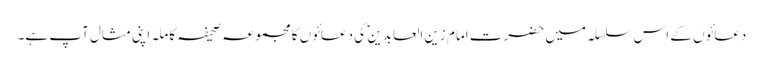
دعائوں کے اس سلسلہ میں حضرت امام زین العابدین ؑ کی دعائوں کا مجموعہ صحیفہ کاملہ اپنی مثال آپ ہے۔